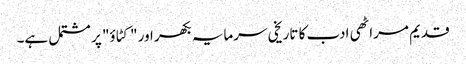
قدیم مراٹھی ادب کا تاریخی سرمایہ بکھر اور "کٹاؤ" پر مشتمل ہے۔